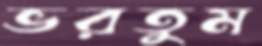
ভরতুম